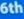
6th